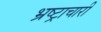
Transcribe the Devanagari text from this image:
भ्रष्ट्राचारी